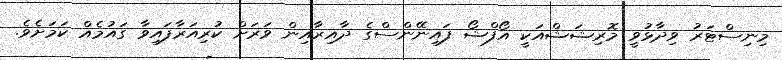
މިނިސްޓަރު ވިދާޅުވީ މޮރިޝަޝްއަކީ އޯފްޝޯ ފައިނޭންސްގެ ދާއިރާއިން ވަރަށް ކުރިއަރާފައިވާ ގައުމެއް ކަމަށެވެ.